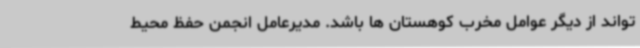
تواند از دیگر عوامل مخرب کوهستان ها باشد. مدیرعامل انجمن حفظ محیط